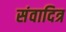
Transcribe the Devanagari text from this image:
संवादित्र